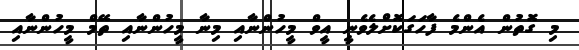
މި ގޮތުން އެންމެ ފާހަގަކޮށްލެވެނީ އީވް މީހުންނާއި މިނާ މީހުންނާއި ތޭމް މީހުންނާއި